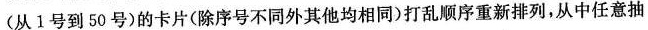
(从1号到50号)的卡片(除序号不同外其他均相同)打乱顺序重新排列，从中任意抽取1张卡片。